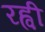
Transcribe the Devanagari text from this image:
रह्वी